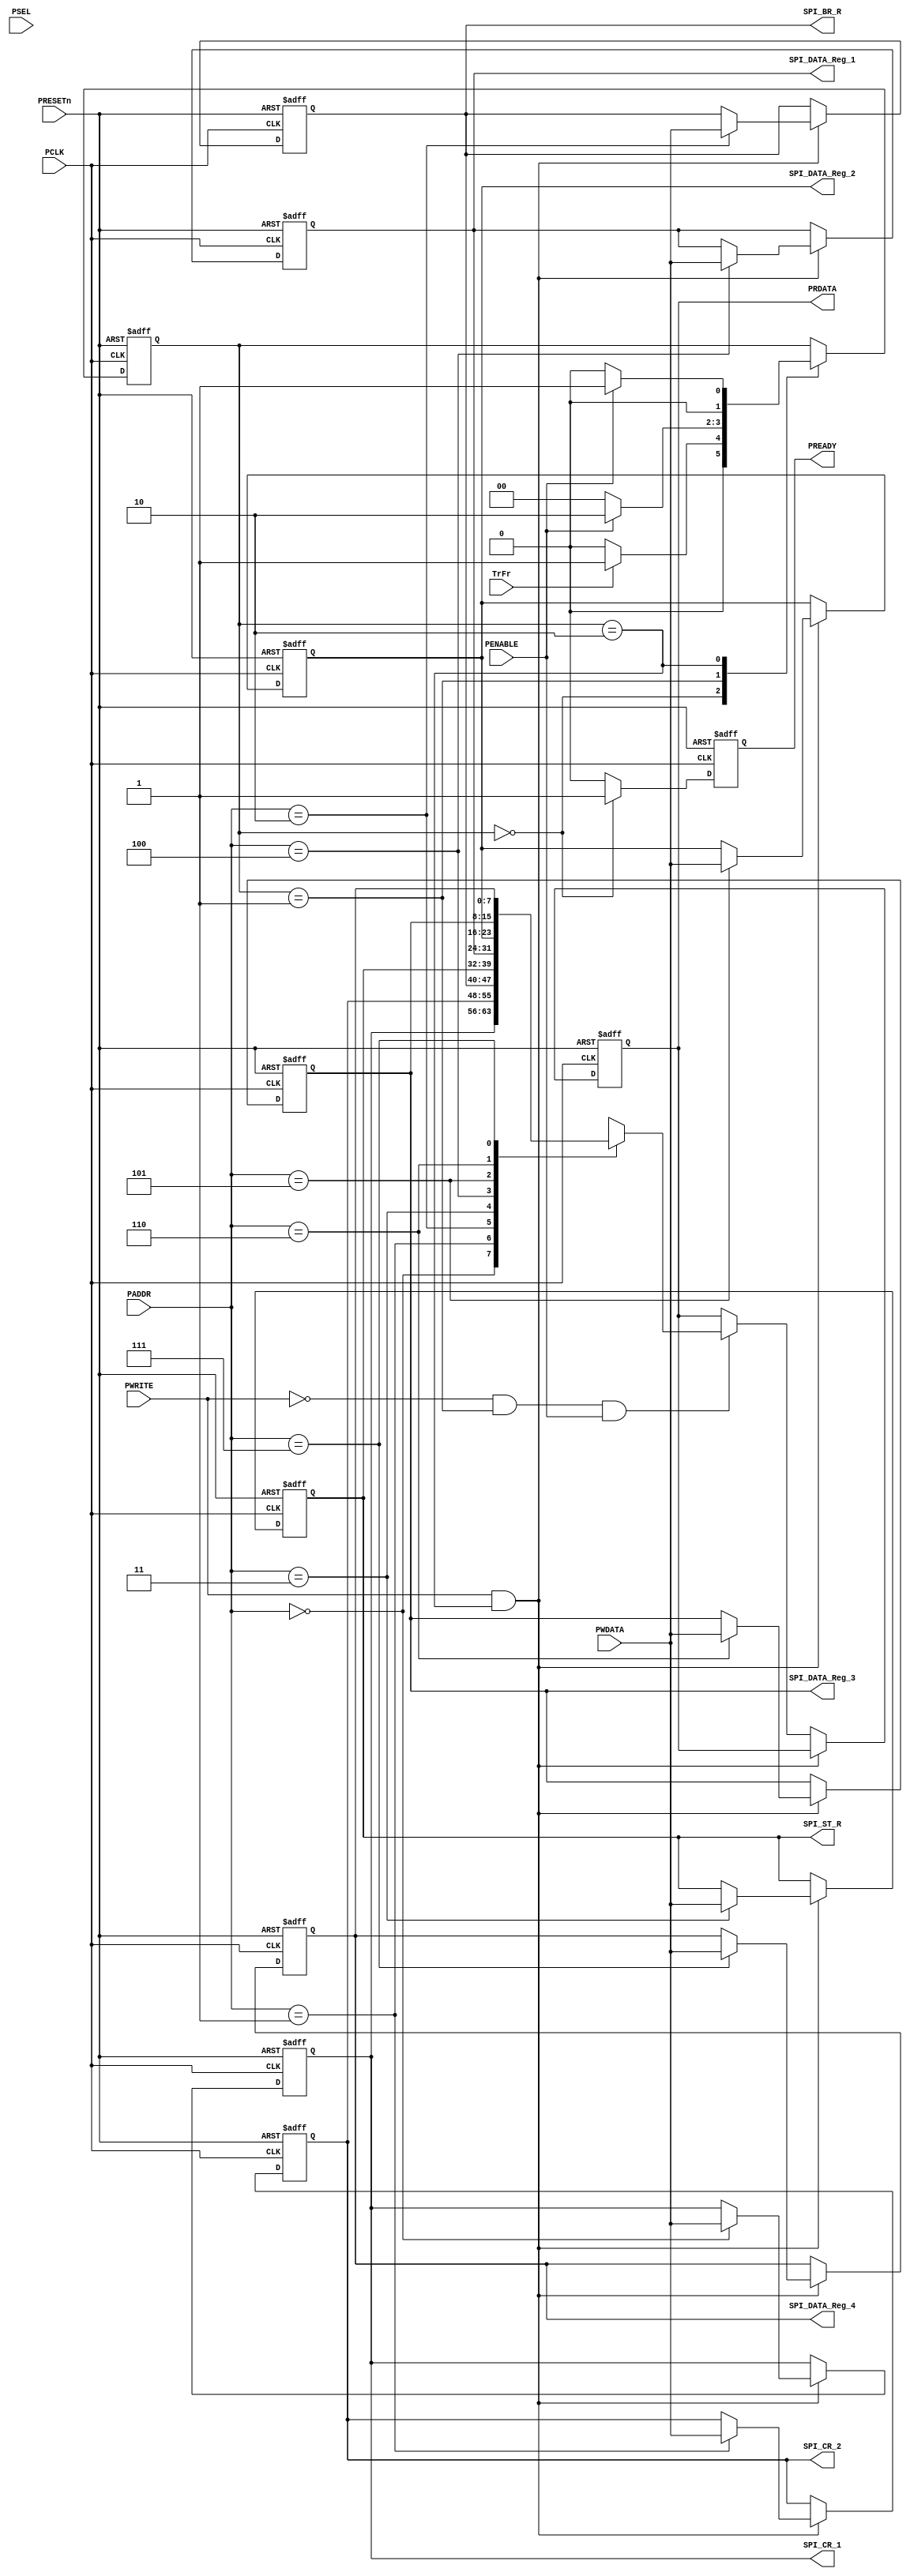
//////////////////////////////////////////////////////////////////////
////                                                              ////
//// APB- SPI 0.1 IP Core                                         ////
////                                                              ////
//// This file is part of the APB- SPI 0.1 IP Core project        ////
//// http://www.opencores.org/cores/APB- SPI 0.1 IP Core/         ////
////                                                              ////
//// Description                                                  ////
//// Implementation of XXX IP core according to                   ////
//// XXX IP core specification document.                          ////
////                                                              ////
//// To Do:                                                       ////
//// -                                                            ////
////                                                              ////
//// Author(s):                                                   ////
//// - Lakshmi Narayanan Vernugopal, email@opencores.org          ////
////                                                              ////
//////////////////////////////////////////////////////////////////////
////                                                              ////
//// Copyright (C) 2009 Authors and OPENCORES.ORG                 ////
////                                                              ////
//// This source file may be used and distributed without         ////
//// restriction provided that this copyright statement is not    ////
//// removed from the file and that any derivative work contains  ////
//// the original copyright notice and the associated disclaimer. ////
////                                                              ////
//// This source file is free software; you can redistribute it   ////
//// and/or modify it under the terms of the GNU Lesser General   ////
//// Public License as published by the Free Software Foundation; ////
//// either version 2.1 of the License, or (at your option) any   ////
//// later version.                                               ////
////                                                              ////
//// This source is distributed in the hope that it will be       ////
//// useful, but WITHOUT ANY WARRANTY; without even the implied   ////
//// warranty of MERCHANTABILITY or FITNESS FOR A PARTICULAR      ////
//// PURPOSE. See the GNU Lesser General Public License for more  ////
//// details.                                                     ////
////                                                              ////
//// You should have received a copy of the GNU Lesser General    ////
//// Public License along with this source; if not, download it   ////
//// from http://www.opencores.org/lgpl.shtml                     ////
////                                                              //// ///
///////////////////////////////////////////////////////////////////
`define APB_DATA_WIDTH  8
`define SPI_REG_WIDTH   8
`define APB_ADDR_WIDTH  3
//`define CLK_DIV_WIDTH 16
//`timescale 1ns/1ps
module APB_SLAVE
(
 // APB SLAVE PORT INTERFACE 
 input                             PCLK,
 input                             PRESETn,
 input [`APB_ADDR_WIDTH-1:0 ]      PADDR,
 input                             PWRITE,
 input                             PSEL,
 input                             PENABLE,
 input [`APB_DATA_WIDTH-1:0 ]      PWDATA,
 output reg [`APB_DATA_WIDTH-1:0 ] PRDATA,
 output reg                        PREADY,
 input                             TrFr,
 // SPI INTERFACE
 output reg [`SPI_REG_WIDTH-1:0]  SPI_CR_1,
 output reg [`SPI_REG_WIDTH-1:0]  SPI_CR_2,
 output reg [`SPI_REG_WIDTH-1:0]  SPI_BR_R,
 output reg [`SPI_REG_WIDTH-1:0]  SPI_ST_R,
 output reg [`SPI_REG_WIDTH-1:0]  SPI_DATA_Reg_1, 
 output reg [`SPI_REG_WIDTH-1:0]  SPI_DATA_Reg_2,
 output reg [`SPI_REG_WIDTH-1:0]  SPI_DATA_Reg_3,
 output reg [`SPI_REG_WIDTH-1:0]  SPI_DATA_Reg_4 
);


/////////////////////////////////////////////
//   Signal  Description                ////
/////////////////////////////////////////////

localparam IDLE   = 2'b00;
localparam SETUP  = 2'b01;
localparam ENABLE = 2'b10;

reg  [1:0]    STATE;

always@(posedge PCLK or negedge PRESETn)
begin
  if(!PRESETn)
  begin
    STATE <= IDLE;
    PREADY <= 0;
  end	
  else
  begin 
    PREADY <= 0;    
    case(STATE)
     IDLE:  begin 
              PREADY <= 1;
	          //if(PSEL && !PENABLE)
	          if(TrFr)
			    STATE  <= SETUP;             
			  else 
                STATE  <= IDLE;			  
	         end
	 SETUP: begin
               if(PENABLE)	 
			    STATE  <= ENABLE;
               else
                STATE  <= IDLE;					
		     end
	 ENABLE:begin  
               if(PENABLE)
			    STATE  <= SETUP;  			   
               else	           
                STATE  <= IDLE;	
             end
    endcase
  end
end 


assign write_en =  PWRITE && (STATE==ENABLE);
assign read_en  = !PWRITE && (STATE==SETUP);

//always@(PADDR,PWDATA,write_en)
always@(posedge PCLK or negedge PRESETn)
  begin
  if(!PRESETn)
    begin
       PRDATA            <= 8'd0;
       SPI_CR_1          <= 8'd0;
       SPI_CR_2          <= 8'd0;
       SPI_BR_R          <= 8'd0;
       SPI_ST_R          <= 8'd0;
       SPI_DATA_Reg_1    <= 8'd0;
       SPI_DATA_Reg_2    <= 8'd0;
       SPI_DATA_Reg_3    <= 8'd0;
       SPI_DATA_Reg_4    <= 8'd0;
    end
  else
    begin
       if(write_en)
       begin   
         case(PADDR)
            3'b000 : SPI_CR_1          <= PWDATA;
            3'b001 : SPI_CR_2          <= PWDATA;
            3'b010 : SPI_BR_R          <= PWDATA;
            3'b011 : SPI_ST_R          <= PWDATA;
            3'b100 : SPI_DATA_Reg_1    <= PWDATA; 
            3'b101 : SPI_DATA_Reg_2    <= PWDATA;
            3'b110 : SPI_DATA_Reg_3    <= PWDATA;
            3'b111 : SPI_DATA_Reg_4    <= PWDATA;
            default: SPI_CR_1          <= PWDATA;
         endcase
       end
	   else if(read_en && PENABLE)
	   begin
         case(PADDR)
            3'b000 : PRDATA            <= SPI_CR_1      ;
            3'b001 : PRDATA            <= SPI_CR_2      ;
            3'b010 : PRDATA            <= SPI_BR_R      ;
            3'b011 : PRDATA            <= SPI_ST_R      ;
            3'b100 : PRDATA            <= SPI_DATA_Reg_1; 
            3'b101 : PRDATA            <= SPI_DATA_Reg_2;
            3'b110 : PRDATA            <= SPI_DATA_Reg_3;
            3'b111 : PRDATA            <= SPI_DATA_Reg_4;
            default: PRDATA            <= SPI_CR_1;
         endcase	   
	   end
       else
       begin
         SPI_CR_1          <= SPI_CR_1;
         SPI_CR_2          <= SPI_CR_2;
         SPI_BR_R          <= SPI_BR_R;
         SPI_ST_R          <= SPI_ST_R;
         SPI_DATA_Reg_1    <= SPI_DATA_Reg_1;
         SPI_DATA_Reg_2    <= SPI_DATA_Reg_2;
         SPI_DATA_Reg_3    <= SPI_DATA_Reg_3;
         SPI_DATA_Reg_4    <= SPI_DATA_Reg_4;    
       end
    end
end
endmodule//////////////////////////////////////////////////////////////////////
////                                                              ////
//// APB- SPI 0.1 IP Core                                         ////
////                                                              ////
//// This file is part of the APB- SPI 0.1 IP Core project        ////
//// http://www.opencores.org/cores/APB- SPI 0.1 IP Core/         ////
////                                                              ////
//// Description                                                  ////
//// Implementation of XXX IP core according to                   ////
//// XXX IP core specification document.                          ////
////                                                              ////
//// To Do:                                                       ////
//// -                                                            ////
////                                                              ////
//// Author(s):                                                   ////
//// - Lakshmi Narayanan Vernugopal, email@opencores.org          ////
////                                                              ////
//////////////////////////////////////////////////////////////////////
////                                                              ////
//// Copyright (C) 2009 Authors and OPENCORES.ORG                 ////
////                                                              ////
//// This source file may be used and distributed without         ////
//// restriction provided that this copyright statement is not    ////
//// removed from the file and that any derivative work contains  ////
//// the original copyright notice and the associated disclaimer. ////
////                                                              ////
//// This source file is free software; you can redistribute it   ////
//// and/or modify it under the terms of the GNU Lesser General   ////
//// Public License as published by the Free Software Foundation; ////
//// either version 2.1 of the License, or (at your option) any   ////
//// later version.                                               ////
////                                                              ////
//// This source is distributed in the hope that it will be       ////
//// useful, but WITHOUT ANY WARRANTY; without even the implied   ////
//// warranty of MERCHANTABILITY or FITNESS FOR A PARTICULAR      ////
//// PURPOSE. See the GNU Lesser General Public License for more  ////
//// details.                                                     ////
////                                                              ////
//// You should have received a copy of the GNU Lesser General    ////
//// Public License along with this source; if not, download it   ////
//// from http://www.opencores.org/lgpl.shtml                     ////
////                                                              //// ///
///////////////////////////////////////////////////////////////////
`define APB_DATA_WIDTH  8
`define SPI_REG_WIDTH   8
`define APB_ADDR_WIDTH  3
//`define CLK_DIV_WIDTH 16
//`timescale 1ns/1ps
module APB_SPI_top
(
 // APB SLAVE PORT INTERFACE 
 input                         PCLK,
 input                         PRESETn,
 input [`APB_ADDR_WIDTH-1:0 ]  PADDR,
 input                         PWRITE,
 input                         PSEL,
 input                         PENABLE,
 input [`APB_DATA_WIDTH-1:0 ]  PWDATA,
 output [`APB_DATA_WIDTH-1:0 ] PRDATA,
 output                        PREADY,
 input                         TrFr,
 // SPI INTERFACE
 ////if Master/Slave Mode
 //inout                         SCLK,
 //inout                         MISO,
 //inout                         MOSI,
 //output                        SS,
 //if only Master Mode
 output                        SCLK,
 input                         MISO,
 output                        MOSI,
 output                        SS
 ////if only Slave Mode
 //input                         SCLK,
 //output                        MISO,
 //input                         MOSI,
 //input                         SS
 
);


  //APB Slave Interface Module
  APB_SLAVE APB_SL
  (
   .PCLK           (PCLK   ),
   .PRESETn        (PRESETn),
   .PADDR          (PADDR  ),
   .PWRITE         (PWRITE ),
   .PSEL           (PSEL   ),
   .PENABLE        (PENABLE),
   .PWDATA         (PWDATA ),
   .PRDATA         (PRDATA ),
   .PREADY         (PREADY ),
   .TrFr           (TrFr ),
                   
   .SPI_CR_1       (),
   .SPI_CR_2       (),
   .SPI_BR_R       (),
   .SPI_ST_R       (),
   .SPI_DATA_Reg_1 (), 
   .SPI_DATA_Reg_2 (),
   .SPI_DATA_Reg_3 (),
   .SPI_DATA_Reg_4 ()    
   
  );


`ifdef ENABLED
  // SPI Master Definition
  SPI_Master SPI_M
  (
  
  );


  // SPI Slave Definition
  SPI_Slave SPI_S
  (
  
  );



  // Contains the register definiation of the 
  Register_Def Reg_Def
  (
  
  );


  // Baud Rate Generator for the SPI Speed of operation
  Clock_Gen CLK_Gen
  (
  
  );


  // Selection of the IO PAD type for the MISO and MOSI based on the Configuration of Registers
  IO_PAD_Instance IO_Pad
  (
  
  );
`endif

endmodule